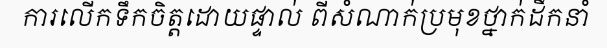
ការលើកទឹកចិត្តដោយផ្ទាល់ ពីសំណាក់ប្រមុខថ្នាក់ដឹកនាំ